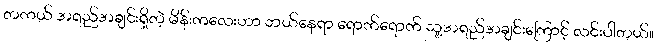
တကယ် အရည်အချင်းရှိတဲ့ မိန်းကလေးဟာ ဘယ်နေရာ ရောက်ရောက် သူ့အရည်အချင်းကြောင့် လင်းပါတယ်။